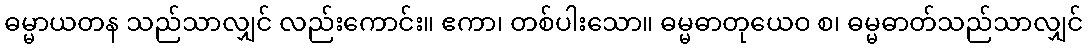
ဓမ္မာယတန သည်သာလျှင် လည်းကောင်း။ ဧကာ၊ တစ်ပါးသော။ ဓမ္မဓာတုယေဝ စ၊ ဓမ္မဓာတ်သည်သာလျှင်